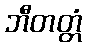
ဘီတတ္တံ